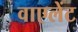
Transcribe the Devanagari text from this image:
वाएलेंट